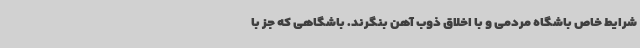
شرایط خاص باشگاه مردمی و با اخلاق ذوب آهن بنگرند. باشگاهی که جز با